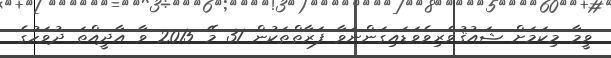
ވީމާ މިކަމަށް ޝައުޤުވެރިވެވަޑައިގަންނަވާ ފަރާތްތަކުން 31 މޭ 2015 ވާ އާދީއްތަ ދުވަހުގެ